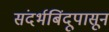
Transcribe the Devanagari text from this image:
संदर्भबिंदूपासून